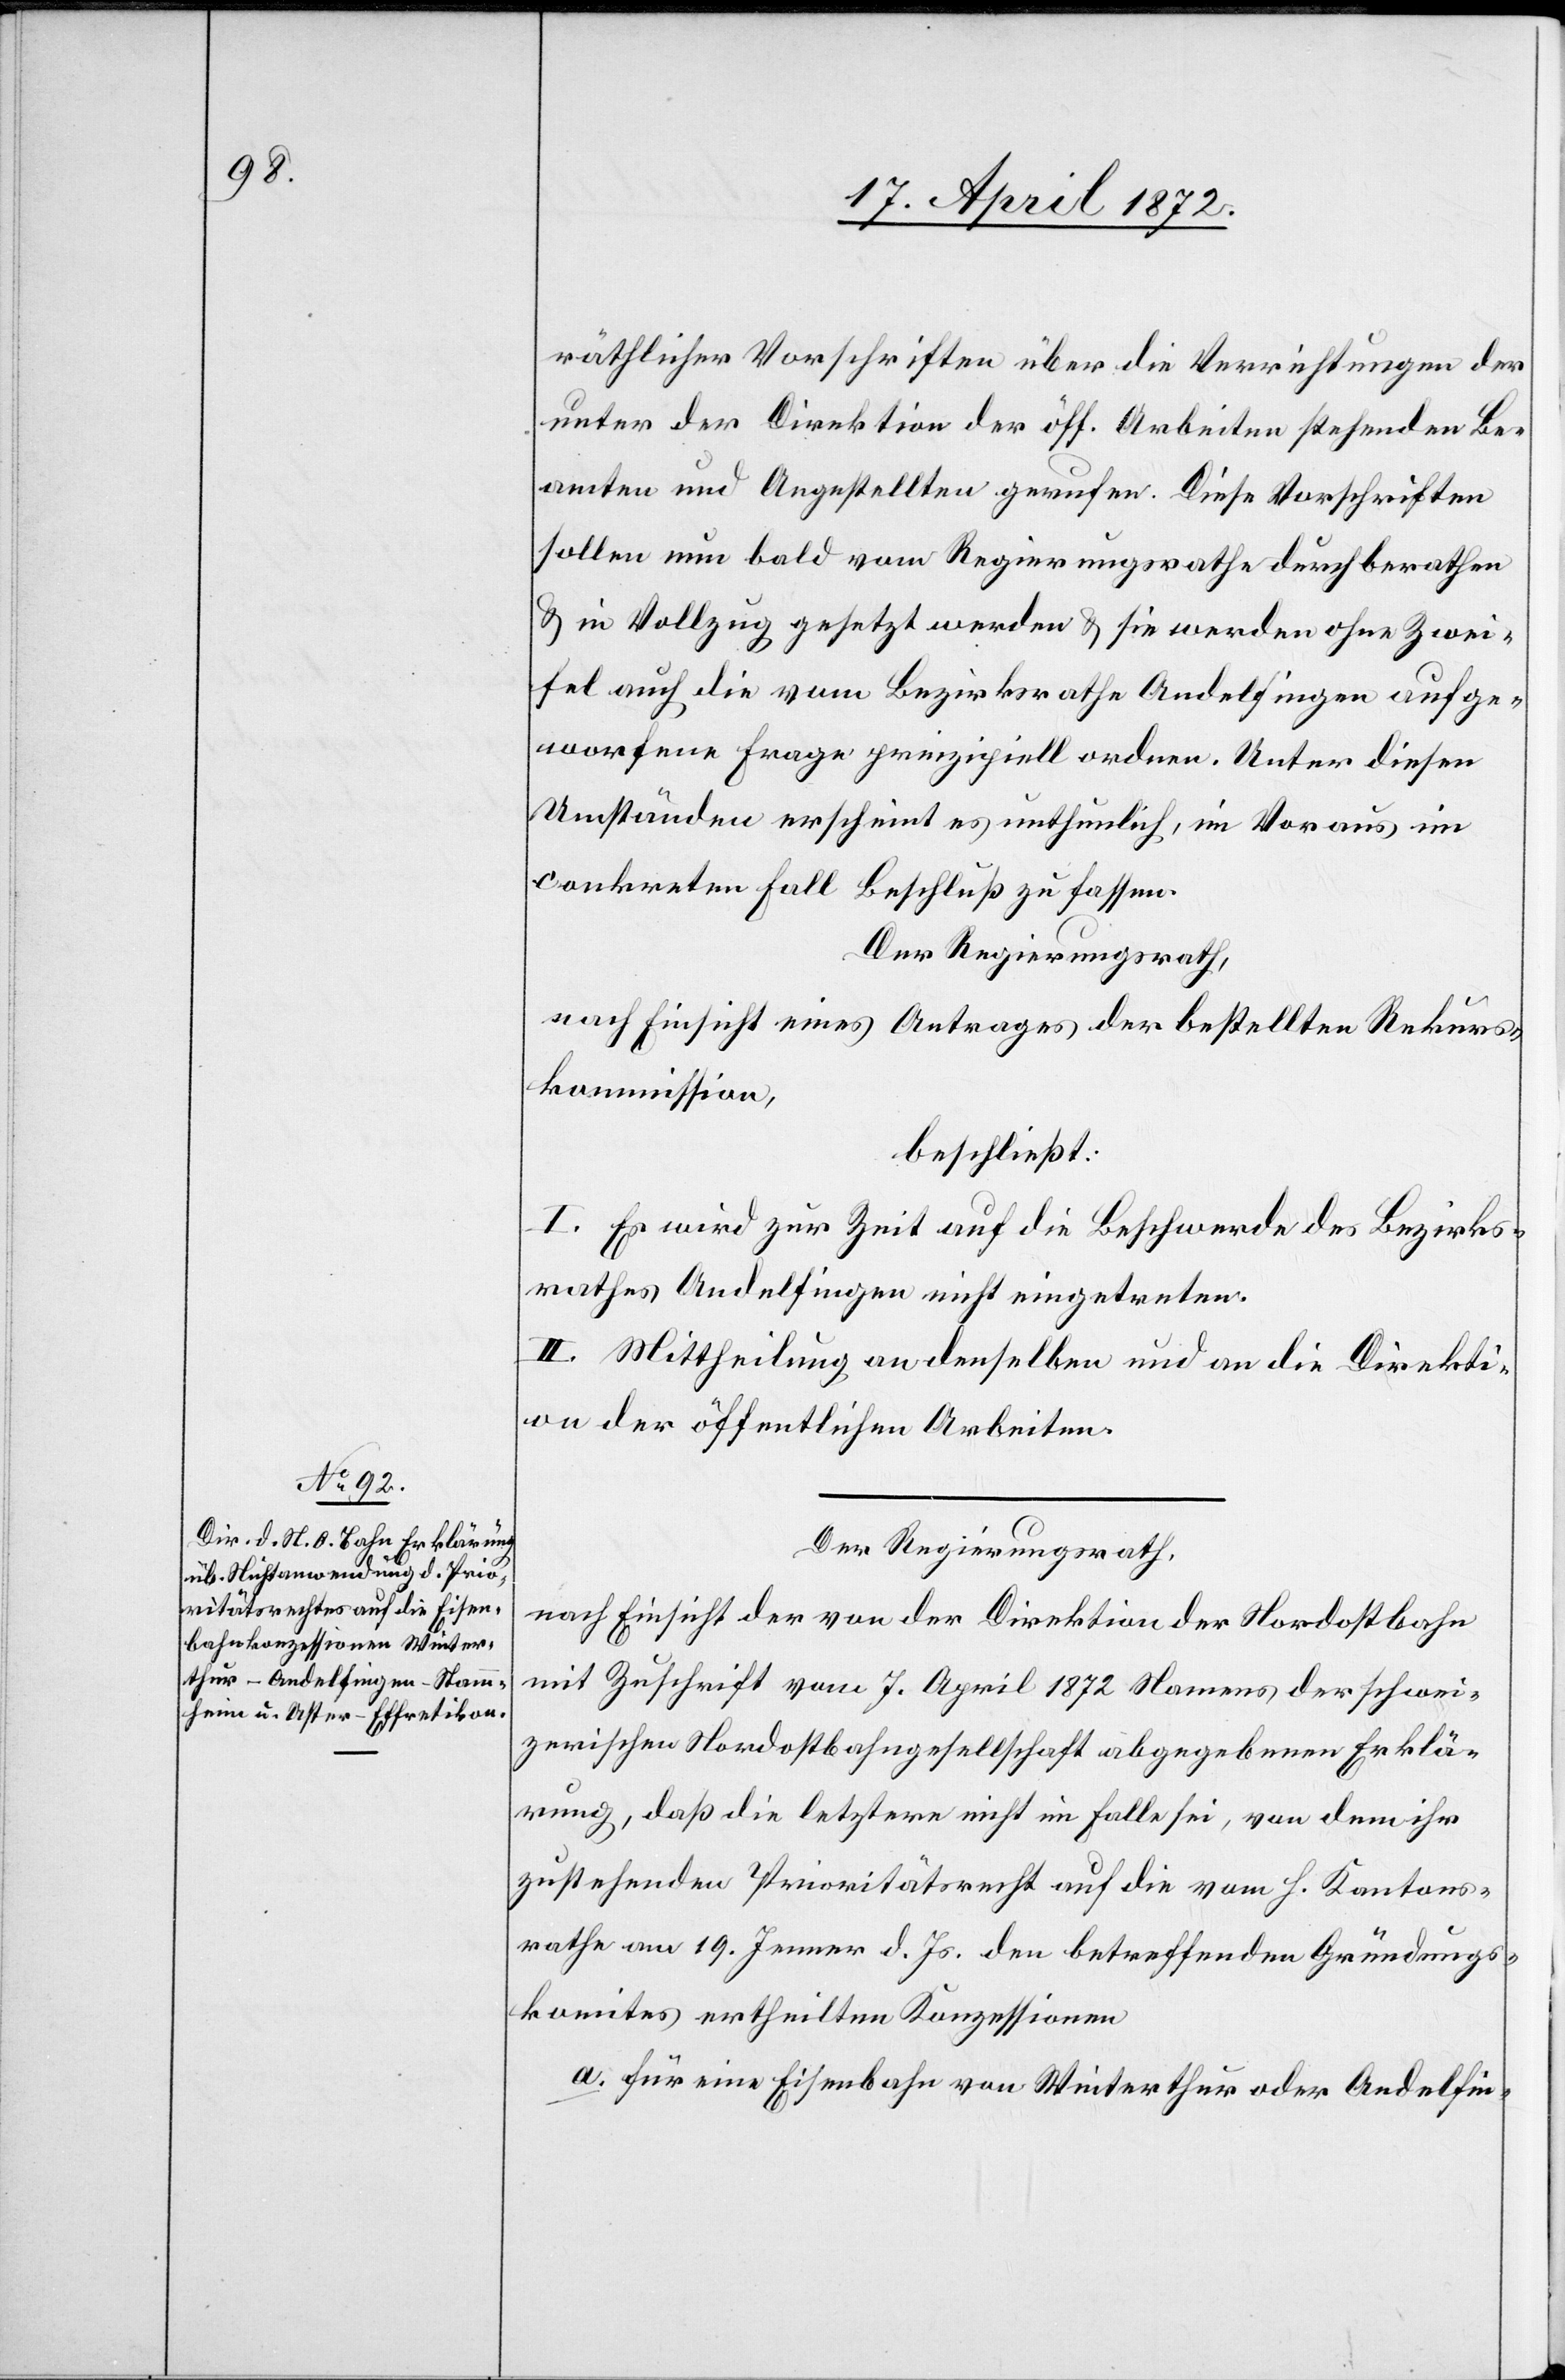
räthlicher Vorschriften über die Verrichtungen der
unter der Direktion der öff. Arbeiten stehenden Be¬
amten und Angestellten gerufen. Diese Vorschriften
sollen nun bald vom Regierungsrathe durchberathen
u. in Vollzug gesetzt werden u. sie werden ohne Zwei¬
fel auch die vom Bezirksrathe Andelfingen aufge¬
worfene Frage prinzipiell ordnen. Unter diesen
Umständen erscheint es unthunlich, im Voraus im
conkreten Fall Beschluß zu fassen.
Der Regierungsrath,
nach Einsicht eines Antrages der bestellten Rekurs¬
kommission,
beschließt:
I. Es wird zur Zeit auf die Beschwerde des Bezirks¬
rathes Andelfingen nicht eingetreten.
II. Mittheilung an denselben und an die Direkti¬
on der öffentlichen Arbeiten.
Der Regierungsrath,
nach Einsicht der von der Direktion der Nordostbahn
mit Zuschrift vom 7. April 1872 Namens der schwei¬
zerischen Nordostbahngesellschaft abgegebenen Erklä¬
rung, daß die letztere nicht im Falle sei, von dem ihr
zustehenden Prioritätsrecht auf die vom H. Kantons¬
rathe am 19. Jenner d. Js. den betreffenden Gründungs¬
komites ertheilten Konzessionen
a. für eine Eisenbahn von Winterthur oder Andelfin-